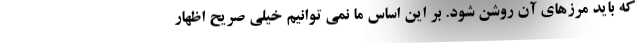
که باید مرزهای آن روشن شود. بر این اساس ما نمی توانیم خیلی صریح اظهار